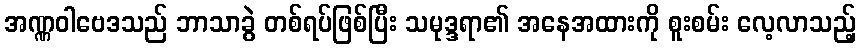
အဏ္ဏဝါဗေဒသည် ဘာသာခွဲ တစ်ရပ်ဖြစ်ပြီး သမုဒ္ဒရာ၏ အနေအထားကို စူးစမ်း လေ့လာသည့်